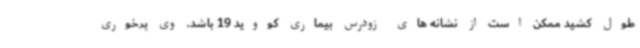
طول کشید ممکن است از نشانه های زودرس بیماری کووید 19 باشد. وی پرخوری